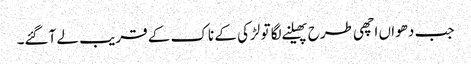
جب دھواں اچھی طرح پھیلنے لگا تو لڑکی کے ناک کے قریب لے آگئے۔